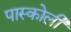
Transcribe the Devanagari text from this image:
पास्कोली